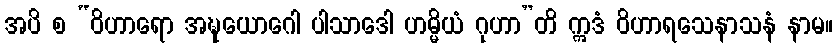
အပိ စ “ဝိဟာရော အဍ္ဎယောဂေါ ပါသာဒေါ ဟမ္မိယံ ဂုဟာ”တိ ဣဒံ ဝိဟာရသေနာသနံ နာမ။